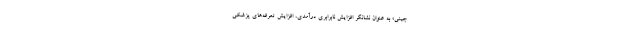
جینی» به عنوان نشانگر افزایش نابرابری درآمدی، افزایش تعرفه‌های پزشکی